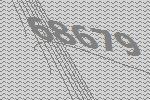
68679